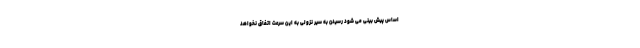
اساس پیش بینی می شود رسیدن به سیر نزولی به این سرعت اتفاق نخواهد